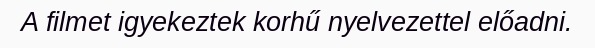
A filmet igyekeztek korhű nyelvezettel előadni.